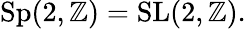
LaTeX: \operatorname{Sp}(2,\mathbb{Z})=\operatorname{SL}(2,\mathbb{Z}).